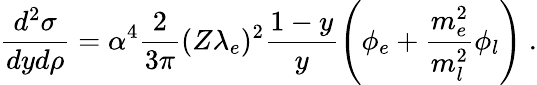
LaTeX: {\frac{d^{2}\sigma}{dyd\rho}}=\alpha^{4}{\frac{2}{3\pi}}(Z\lambda_{e})^{2}{\frac{1-y}{y}}\Biggl(\phi_{e}+{\frac{m_{e}^{2}}{m_{l}^{2}}}\phi_{l}\Biggr)\ .